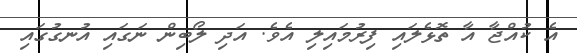
އެ ކުއްޖާ އާ ތޮޅެލައި ފިރުމައިލި އެވެ. އަދި ލޯބިން ނަގައި އުނގުގައި